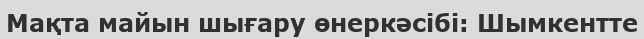
Мақта майын шығару өнеркәсібі: Шымкентте